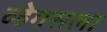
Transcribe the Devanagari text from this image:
व्हेगसला